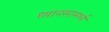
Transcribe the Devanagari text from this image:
ध्यानसामर्थ्य